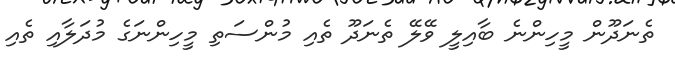
ތެނަދޫން މީހިންނެ ބާއިލީ ވޭލޭ ތެނަދޫ ތެއި މުންސަތި މީހިންނަގެ މުދަލާއި ތެއި